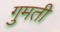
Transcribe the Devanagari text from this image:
गुमती